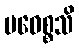
ပဝေစ္စသိ